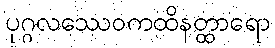
ပုဂ္ဂလဿေဝကထိနတ္ထာရော